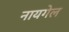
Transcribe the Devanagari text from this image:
नायगेल